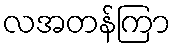
လအတန်ကြာ